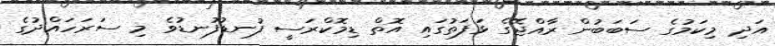
އަދި މިކަމުގެ ސަބަބުން ރާއްޖޭގެ ޅަފަތުގައި އޮތް ޑިމޮކްރަސީ ފުނޑުފުނޑުވެ މި ސަރަހައްދުގެ